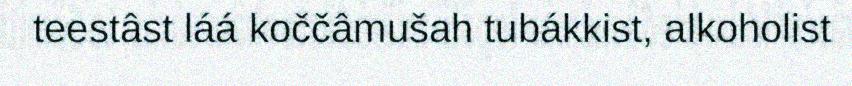
teestâst láá koččâmušah tubákkist, alkoholist